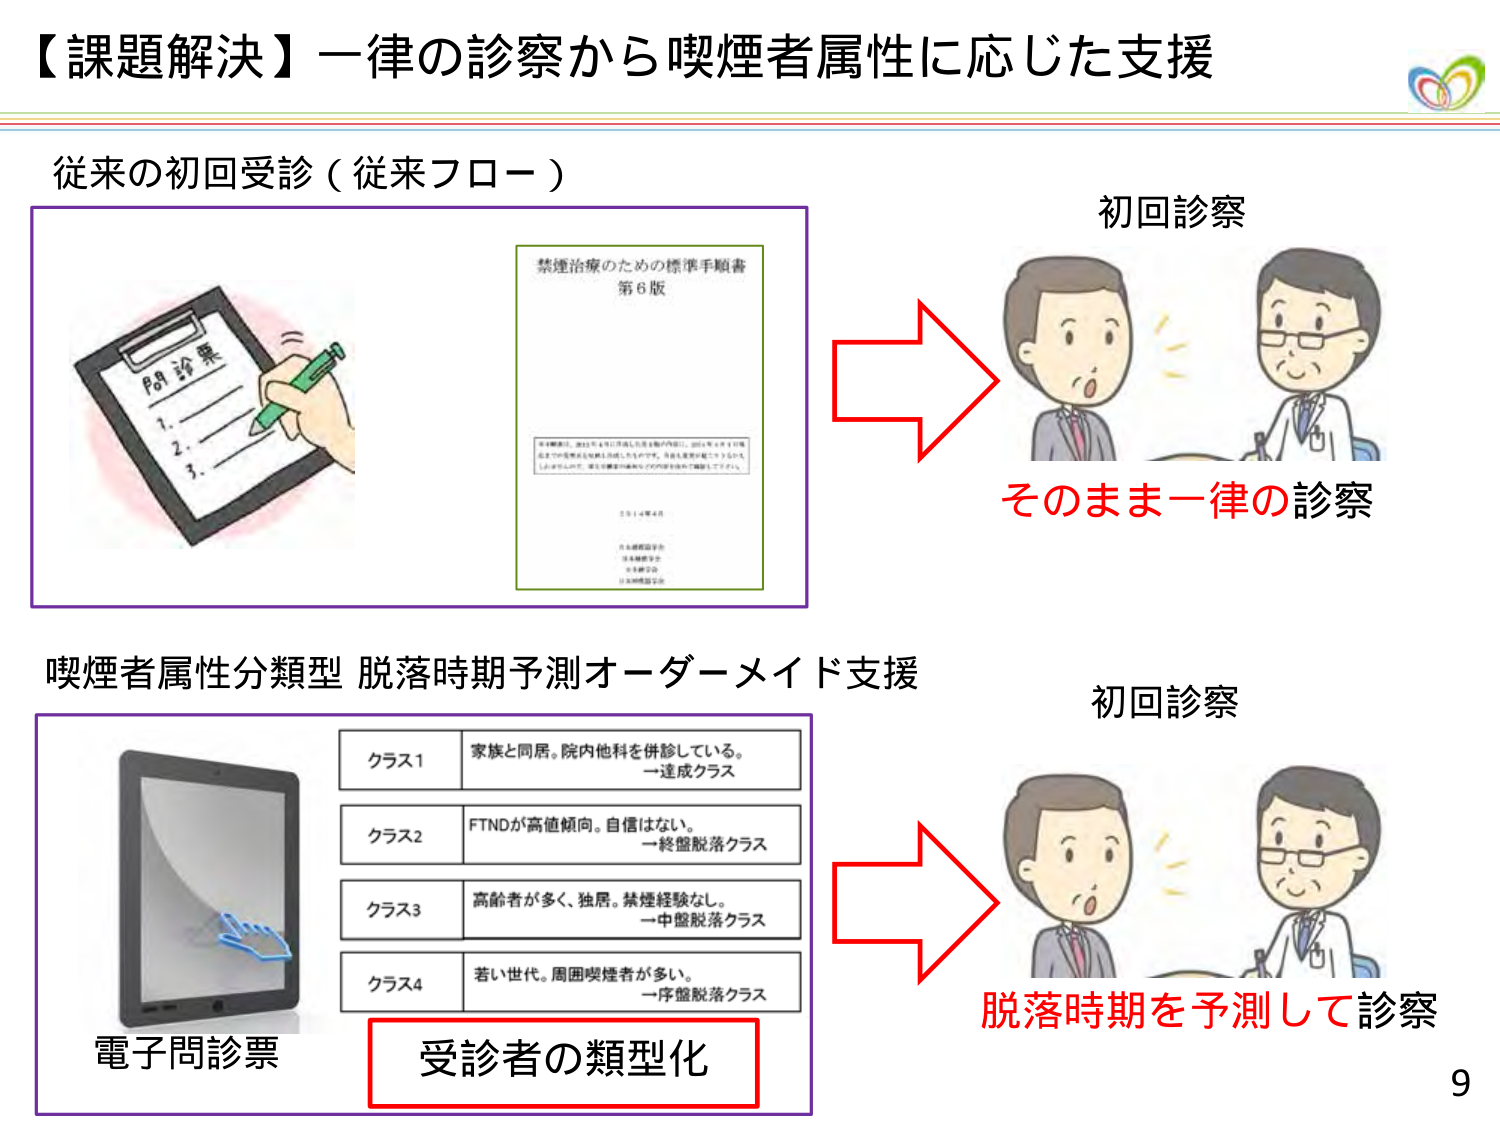
【課題解決】一律の診察から喫煙者属性に応じた支援

従来の初回受診（従来フロー）

問診票
1.
2.
3.

禁煙治療のための標準手順書
第6版

※本解説は、2012年1月に作成した第5版の内容に、2012年4月より施行
した禁煙治療のための標準手順書第6版の内容を反映したものです。
※本解説は、禁煙治療のための標準手順書第6版の内容を反映したものです。

2014年4月

日本禁煙医学会
日本禁煙学会
日本禁煙協会

初回診察

そのまま一律の診察

喫煙者属性分類型 脱落時期予測オーダーメイド支援

電子問診票

クラス1 家族と同居。院内他科を併診している。
→達成クラス

クラス2 FTNDが高値傾向。自信はない。
→終盤脱落クラス

クラス3 高齢者が多く、独居。禁煙経験なし。
→中盤脱落クラス

クラス4 若い世代。周囲喫煙者が多い。
→序盤脱落クラス

受診者の類型化

初回診察

脱落時期を予測して診察

9